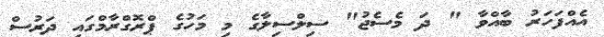
އެއްފަހަރު ބާއްވާ " ދަ މެސެޖު" ސިލްސިލާގެ މި މަހުގެ ޕްރޮގްރާމްގައި ދަރުސް